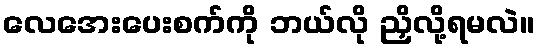
လေအေးပေးစက်ကို ဘယ်လို ညှိလို့ရမလဲ။